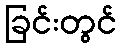
ခြင်းတွင်